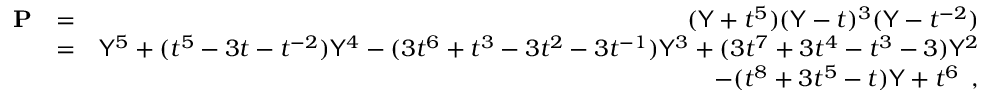
\begin{array} { r l r } { \mathbf { P } } & { = } & { ( \mathsf { Y } + t ^ { 5 } ) ( \mathsf { Y } - t ) ^ { 3 } ( \mathsf { Y } - t ^ { - 2 } ) } \\ & { = } & { \mathsf { Y } ^ { 5 } + ( t ^ { 5 } - 3 t - t ^ { - 2 } ) \mathsf { Y } ^ { 4 } - ( 3 t ^ { 6 } + t ^ { 3 } - 3 t ^ { 2 } - 3 t ^ { - 1 } ) \mathsf { Y } ^ { 3 } + ( 3 t ^ { 7 } + 3 t ^ { 4 } - t ^ { 3 } - 3 ) \mathsf { Y } ^ { 2 } } \\ & { } & { \quad - ( t ^ { 8 } + 3 t ^ { 5 } - t ) \mathsf { Y } + t ^ { 6 } \enspace , } \end{array}